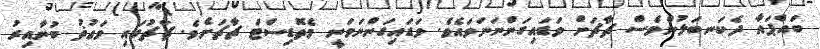
ބައްޕައާ ދެކަނބަލުންވެސް ޗާޗަށް ވަޑައިގަންނަނަވައެވެ. ވަޑައިގަންނަވަނީ މެތޮޑިސްޓް ޗާޗަށެވެ. ޗާޗުގައި ވަޢުޡު ބުނާއިރު